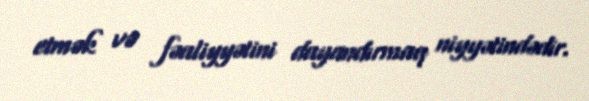
etmək və fəaliyyətini dayandırmaq niyyətindədir.